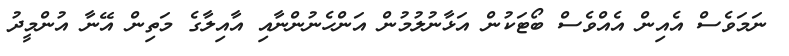
ނަމަވެސް އެއިން އެއްވެސް ބޯޓަކުން އަޅާނުލުމުން އަންހެނުންނާއި އާއިލާގެ މަތިން އޭނާ އުންމީދު